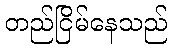
တည်ငြိမ်နေသည်